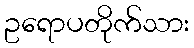
ဥရောပတိုက်သား